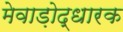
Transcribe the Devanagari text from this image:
मेवाड़ोद्धारक